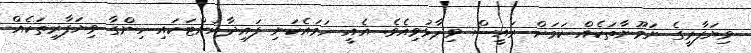
ވިޔަފާރީގެ ނަމޫނާތަކެއް ކަމަށް ރައީސް ވިދާޅުވިއެވެ. އެއީ ހަމައެކަނި ފައިދާއަށްޓަކައި ހިންގާ ވިޔަފާރިތަކެއް